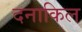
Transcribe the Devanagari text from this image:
दनाकिल